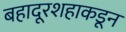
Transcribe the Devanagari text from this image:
बहादूरशहाकडून